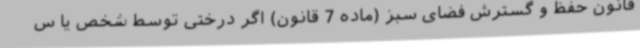
قانون حفظ و گسترش فضای سبز (ماده 7 قانون) اگر درختی توسط شخص یا س